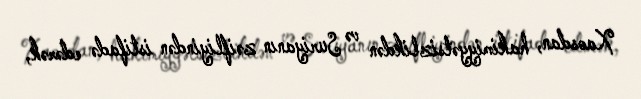
Xaosdan, hakimiyyətsizlikdən və Suriyanın zəifliyindən istifadə edərək,